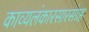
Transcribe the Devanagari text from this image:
काव्यलंकारसारसंग्रह